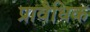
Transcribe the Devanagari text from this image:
प्रावैधिक